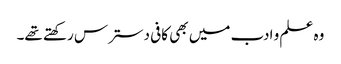
وہ علم و ادب میں بھی کافی دسترس رکھتے تھے۔